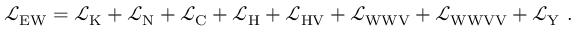
{ \mathcal { L } } _ { \mathrm { E W } } = { \mathcal { L } } _ { \mathrm { K } } + { \mathcal { L } } _ { \mathrm { N } } + { \mathcal { L } } _ { \mathrm { C } } + { \mathcal { L } } _ { \mathrm { H } } + { \mathcal { L } } _ { \mathrm { H V } } + { \mathcal { L } } _ { \mathrm { W W V } } + { \mathcal { L } } _ { \mathrm { W W V V } } + { \mathcal { L } } _ { \mathrm { Y } } ~ .